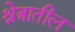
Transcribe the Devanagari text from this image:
श्रेत्रातील